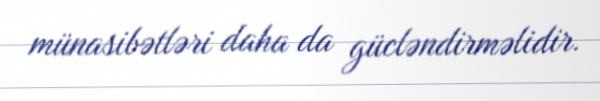
münasibətləri daha da gücləndirməlidir.